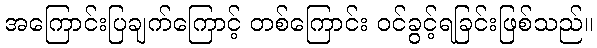
အကြောင်းပြချက်ကြောင့် တစ်ကြောင်း ဝင်ခွင့်ရခြင်းဖြစ်သည်။